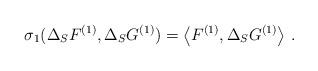
LaTeX: \begin{align*}\sigma_1(\Delta_S F^{(1)},\Delta_S G^{(1)})=\left< F^{(1)},\Delta_S G^{(1)}\right>\,.\end{align*}